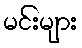
မင်းများ